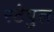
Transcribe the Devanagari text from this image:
स्टेपुल